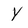
Character: Y